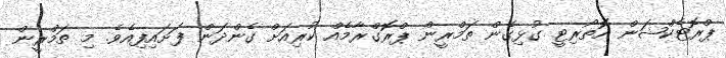
ޕްރޮޓެކްޝަން އޮތޯރިޓީ ގުޅިގެން ތަމްރީން ޕްރޮގްރާމެއް ކުރިއަށް ގެންދަން ފަށައިފިއެވެ. މި ތަމްރީން